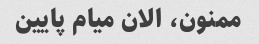
ممنون، الان میام پایین